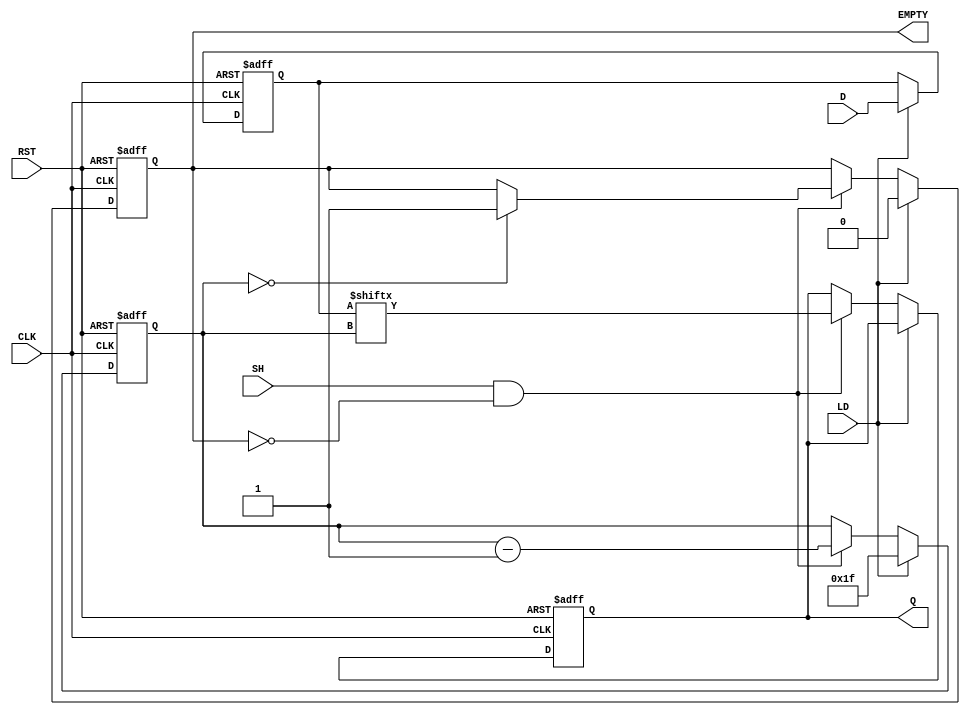
module PISO_32bit (
    input  wire [31:0] D,      // Parallel Data Input
    input  wire LD,            // Load control signal
    input  wire SH,            // Shift control signal
    input  wire CLK,           // Clock signal
    input  wire RST,           // Asynchronous reset signal
    output reg  Q,             // Serial Output
    output reg  EMPTY          // Empty signal
);

    reg [31:0] REG;            // Storage register for 32-bit data
    reg [5:0] counter;         // Counter to track the shifting position

    // Asynchronous reset
    always @(posedge CLK or posedge RST) begin
        if (RST) begin
            REG <= 32'b0;      // Clear the register
            Q <= 1'b0;         // Clear the output
            counter <= 6'd0;   // Reset counter
            EMPTY <= 1'b1;     // Register is empty after reset
        end else begin
            if (LD) begin
                REG <= D;       // Load parallel data into the register
                counter <= 6'd31; // Set counter to point to MSB
                EMPTY <= 1'b0;  // Register is not empty
            end else if (SH && !EMPTY) begin
                Q <= REG[counter]; // Shift out the current bit
                counter <= counter - 1; // Decrement counter
                if (counter == 6'd0) begin
                    EMPTY <= 1'b1; // Set EMPTY signal when all bits are shifted out
                end
            end
        end
    end

endmodule